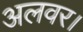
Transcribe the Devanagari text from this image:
अलवर।